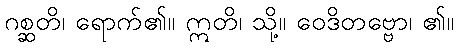
ဂစ္ဆတိ၊ ရောက်၏။ ဣတိ၊ သို့။ ဝေဒိတဗ္ဗော၊ ၏။